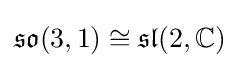
{\mathfrak {so}}(3,1)\cong {\mathfrak {sl}}(2,\mathbb {C} )